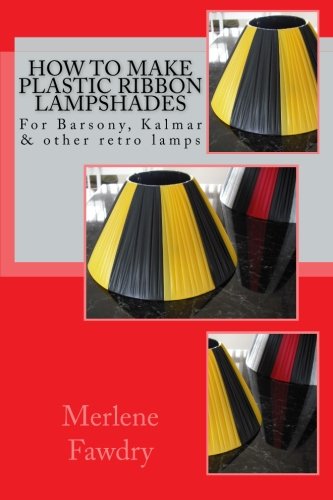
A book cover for How to Make Plastic Ribbon Lampshades: for Barsony, Kalmar and other retro lamp bases; Merlene Fawdry; Crafts, Hobbies & Home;